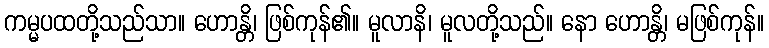
ကမ္မပထတို့သည်သာ။ ဟောန္တိ၊ ဖြစ်ကုန်၏။ မူလာနိ၊ မူလတို့သည်။ နော ဟောန္တိ၊ မဖြစ်ကုန်။